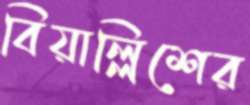
বিয়াল্লিশের